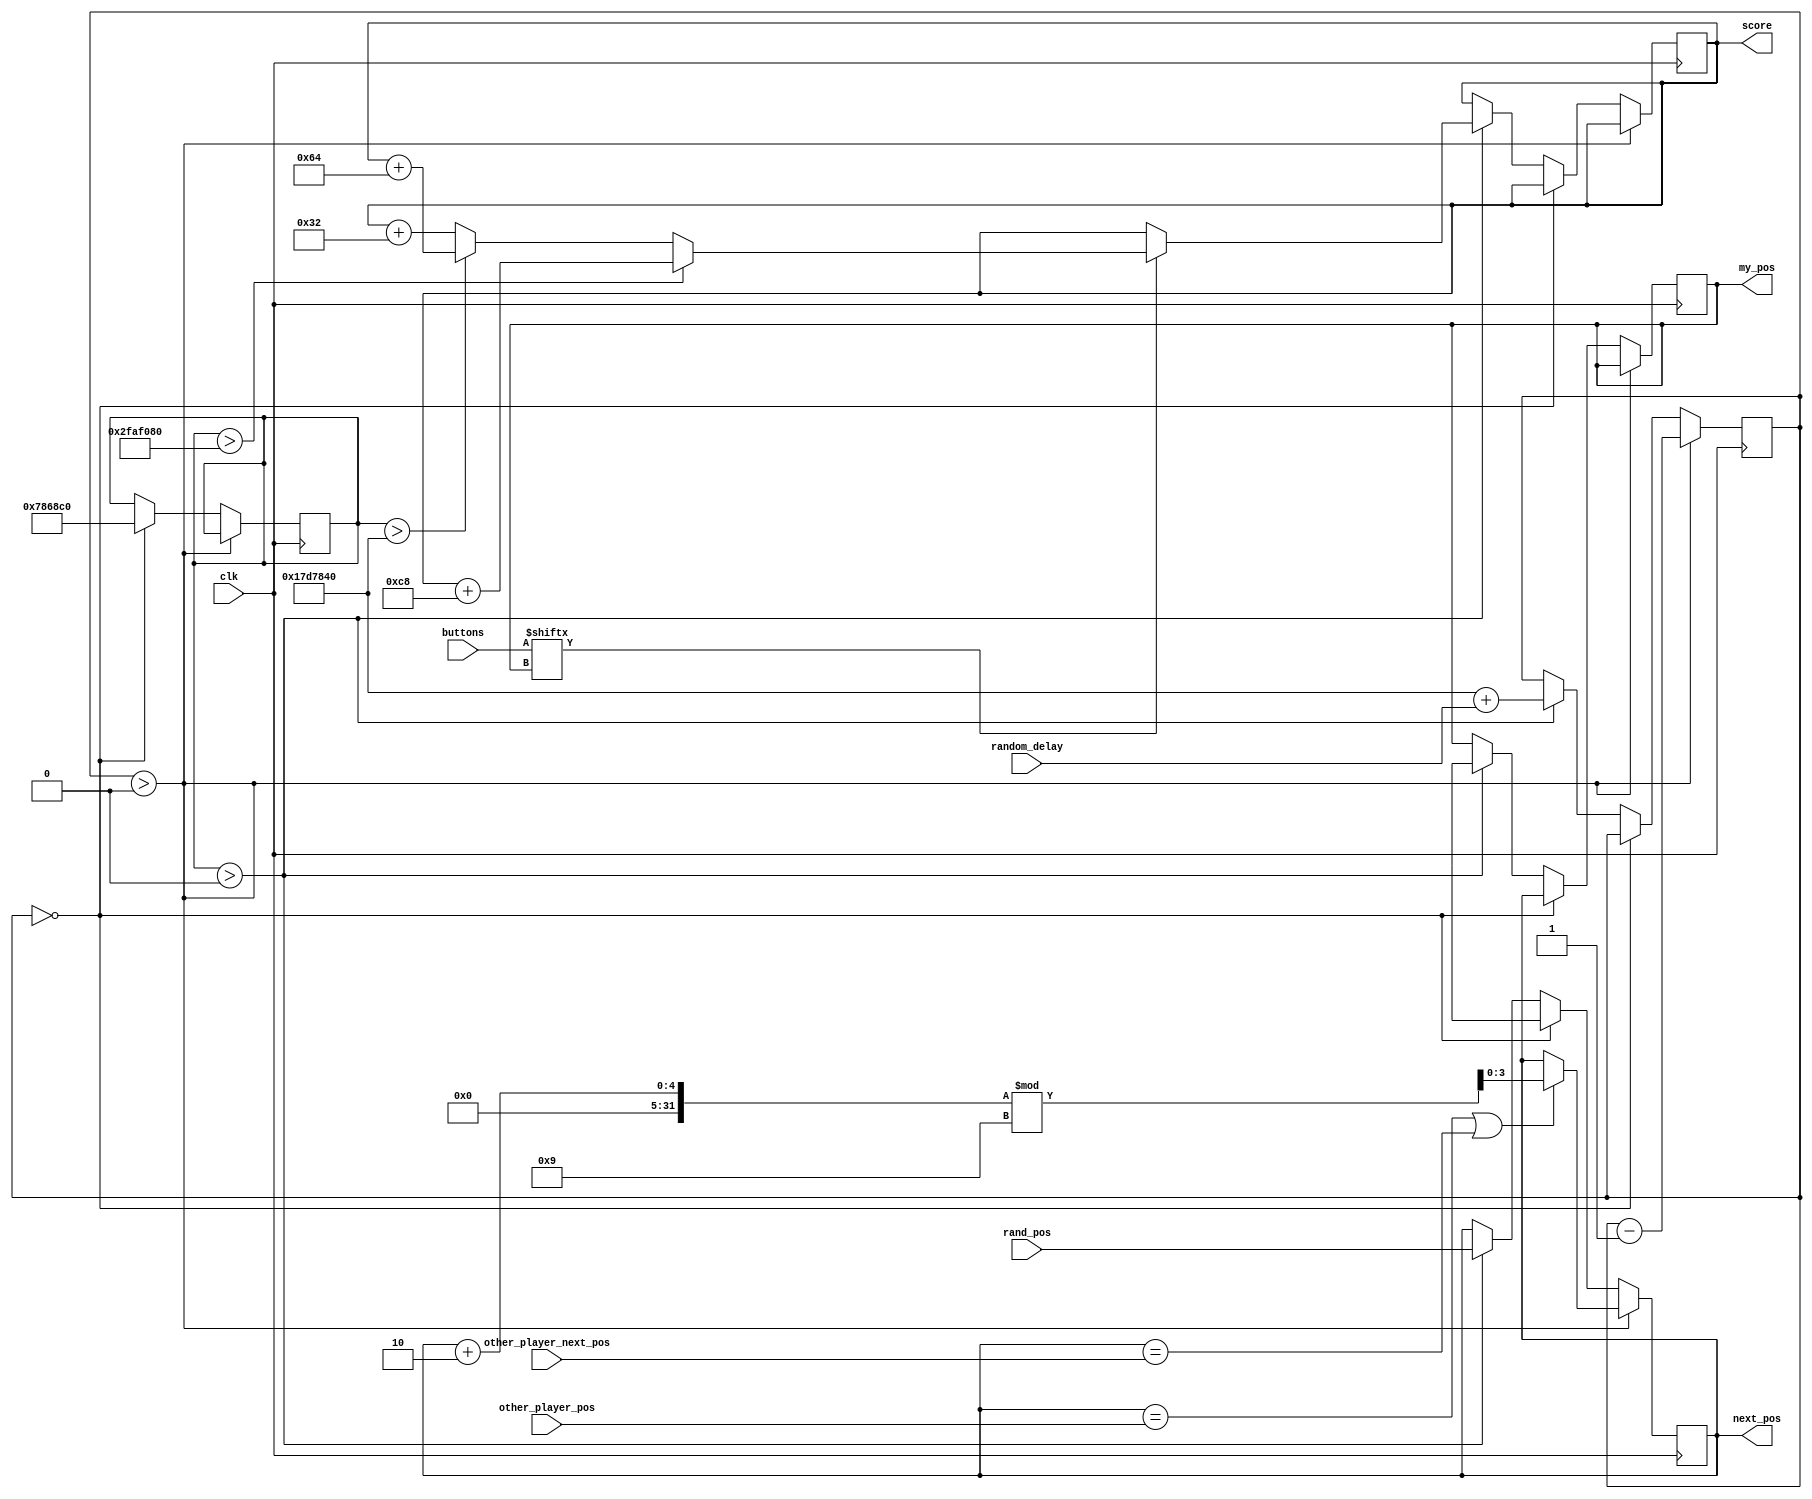
module player2_module (clk,buttons,other_player_pos,other_player_next_pos,rand_pos,random_delay,my_pos,next_pos,score);

	input clk;
	input[8:0] buttons;
	input[3:0] other_player_pos;
	input[3:0] other_player_next_pos;
	input[3:0] rand_pos;
	input[26:0] random_delay;
	
	output[3:0] my_pos;
	output[3:0] next_pos;
	output[15:0] score;
	
	reg[3:0] my_pos;
	reg[15:0] score;
	
	reg[3:0] next_pos;
	reg[26:0] delay_countdown;
	reg[26:0] timeout_countdown;
	
	always@(posedge clk) begin
		
		if (delay_countdown > 0) begin
			if (next_pos == other_player_pos || next_pos == other_player_next_pos)
				next_pos <= (next_pos+2)%9;
			
			delay_countdown <= delay_countdown -1;
		end
		else if (delay_countdown == 0) begin
			my_pos <= next_pos;
			next_pos <= 4'bx;
			timeout_countdown <= 26'd75_000_000;
		end
		else begin
			if (timeout_countdown > 0) 
				if (buttons[my_pos]) begin
					my_pos <= 4'bx;
					next_pos <= rand_pos;
					delay_countdown <= 25_000_000 + random_delay;
					if (timeout_countdown > 26'd50_000_000)
							score <=  score + 200;
					else if (timeout_countdown > 26'd25_000_000)
						score <= score + 100;
					else
						score <= score + 50;
				end					
		
			else begin
				my_pos <= 4'bx;
				next_pos <= rand_pos;
				delay_countdown <= 25_000_000 + random_delay;
			end
		end
	end
endmodule